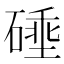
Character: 𰧗